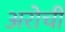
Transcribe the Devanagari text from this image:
अरोची